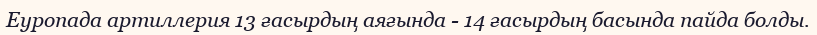
Еуропада артиллерия 13 ғасырдың аяғында - 14 ғасырдың басында пайда болды.